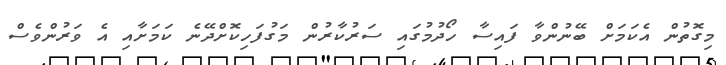
މިގޮތުން އެކަމަށް ބޭނުންވާ ފައިސާ ހޯދުމުގައި ސަރުކާރުން މަގުފަހިކޮށްދޭނެ ކަމަށާއި އެ ވަރުންވެސް